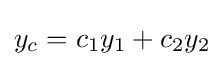
y_{c}=c_{1}y_{1}+c_{2}y_{2}